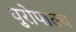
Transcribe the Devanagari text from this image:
युरोपातच